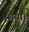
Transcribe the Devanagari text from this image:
गया़।